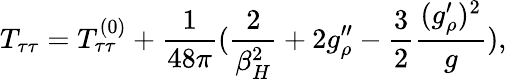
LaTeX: T_{\tau\tau}=T_{\tau\tau}^{(0)}+{\frac{1}{48\pi}}({\frac{2}{\beta_{H}^{2}}}+2g_{\rho}^{\prime\prime}-{\frac{3}{2}}{\frac{(g_{\rho}^{\prime})^{2}}{g}}),